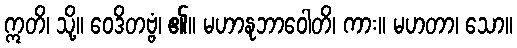
ဣတိ၊ သို့။ ဝေဒိတဗ္ဗံ၊ ၏။ မဟာနုဘာဝေါတိ၊ ကား။ မဟတာ၊ သော။